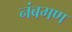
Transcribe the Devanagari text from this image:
नंबगण